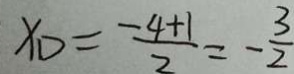
x _ { D } = \frac { - 4 + 1 } { 2 } = - \frac { 3 } { 2 }